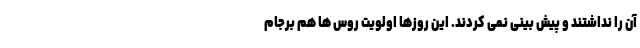
آن را نداشتند و پیش بینی نمی کردند. این روزها اولویت روس ها هم برجام